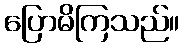
ပြောမိကြသည်။